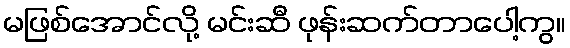
မဖြစ်အောင်လို့ မင်းဆီ ဖုန်းဆက်တာပေါ့ကွ။